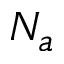
N _ { a }